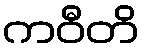
ကဝီတိ